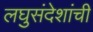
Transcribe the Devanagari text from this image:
लघुसंदेशांची